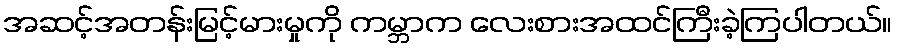
အဆင့်အတန်းမြင့်မားမှုကို ကမ္ဘာက လေးစားအထင်ကြီးခဲ့ကြပါတယ်။